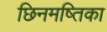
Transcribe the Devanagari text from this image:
छिनमष्तिका